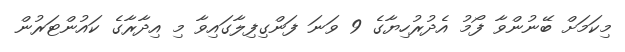
މިކަމަށް ބޭނުންވާ ފޯމު އެދުރުހިޔާގެ 9 ވަނަ ފަންގިފިލާގައިވާ މި އިދާރާގެ ކައުންޓަރުން